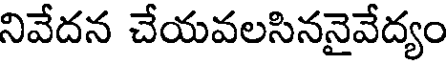
నివేదన చేయవలసిననైవేద్యం